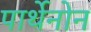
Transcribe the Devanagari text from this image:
पार्थेनोन